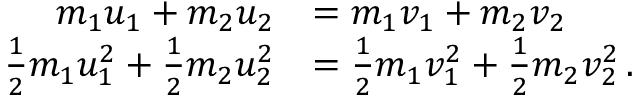
{ \begin{array} { r l } { m _ { 1 } u _ { 1 } + m _ { 2 } u _ { 2 } } & { = m _ { 1 } v _ { 1 } + m _ { 2 } v _ { 2 } } \\ { { \frac { 1 } { 2 } } m _ { 1 } u _ { 1 } ^ { 2 } + { \frac { 1 } { 2 } } m _ { 2 } u _ { 2 } ^ { 2 } } & { = { \frac { 1 } { 2 } } m _ { 1 } v _ { 1 } ^ { 2 } + { \frac { 1 } { 2 } } m _ { 2 } v _ { 2 } ^ { 2 } \, . } \end{array} }